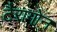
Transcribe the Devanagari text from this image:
टैरागोन